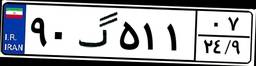
۹۰گ۵۱۱۰۷